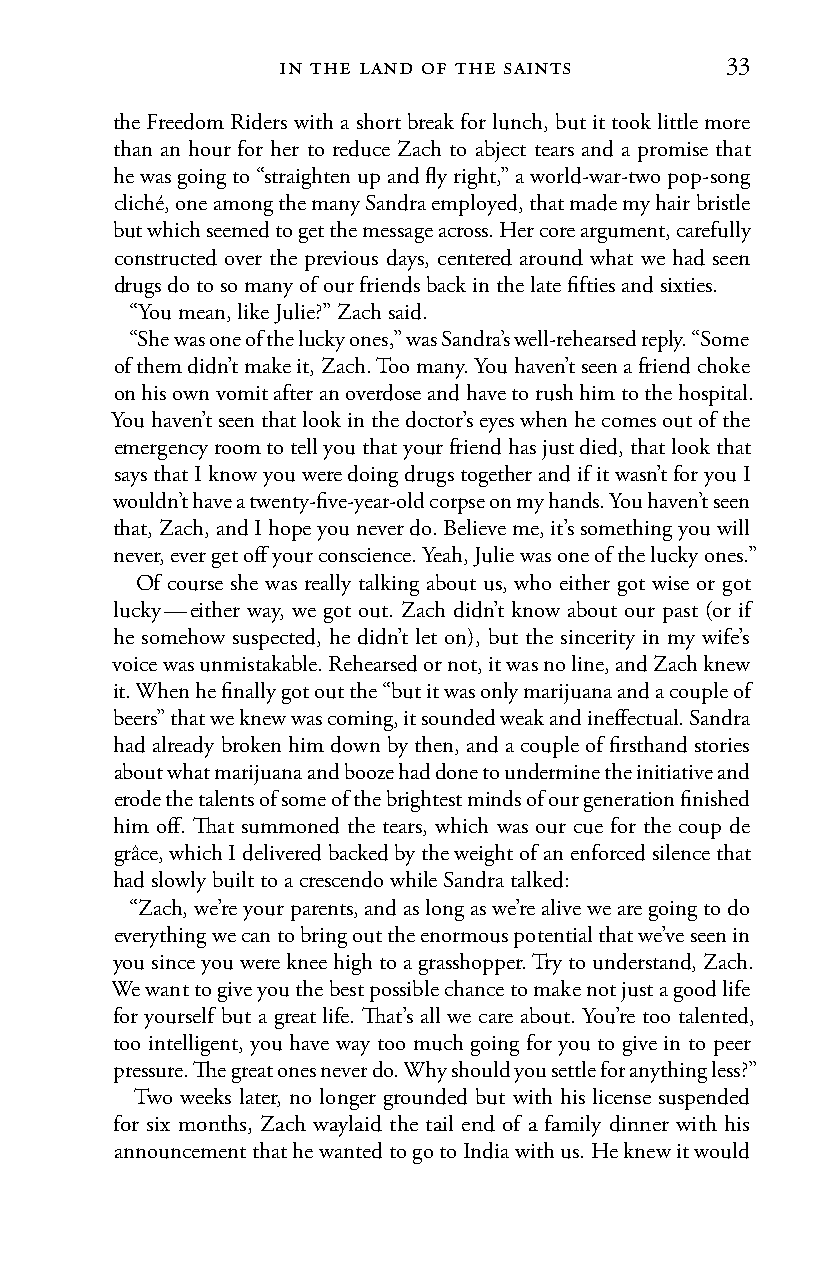
in the land of the saints     33
 the Freedom Riders with a short break for lunch, but it took little more
 than an hour for her to reduce Zach to abject tears and a promise that
 he was going to “straighten up and fly right,” a world-war-two pop-song
 cliché, one among the many Sandra employed, that made my hair bristle
 but which seemed to get the message across. Her core argument, carefully
 constructed over the previous days, centered around what we had seen
 drugs do to so many of our friends back in the late fifties and sixties.
 “You mean, like Julie?” Zach said.
 “She was one of the lucky ones,” was Sandra’s well-rehearsed reply. “Some
 of them didn’t make it, Zach. Too many. You haven’t seen a friend choke
 on his own vomit after an overdose and have to rush him to the hospital.
 You haven’t seen that look in the doctor’s eyes when he comes out of the
 emergency room to tell you that your friend has just died, that look that
 says that I know you were doing drugs together and if it wasn’t for you I
 wouldn’t have a twenty-five-year-old corpse on my hands. You haven’t seen
 that, Zach, and I hope you never do. Believe me, it’s something you will
 never, ever get off your conscience. Yeah, Julie was one of the lucky ones.”
 Of course she was really talking about us, who either got wise or got
 lucky — either way, we got out. Zach didn’t know about our past (or if
 he somehow suspected, he didn’t let on), but the sincerity in my wife’s
 voice was unmistakable. Rehearsed or not, it was no line, and Zach knew
 it. When he finally got out the “but it was only marijuana and a couple of
 beers” that we knew was coming, it sounded weak and ineffectual. Sandra
 had already broken him down by then, and a couple of firsthand stories
 about what marijuana and booze had done to undermine the initiative and
 erode the talents of some of the brightest minds of our generation finished
 him off. That summoned the tears, which was our cue for the coup de
 grâce, which I delivered backed by the weight of an enforced silence that
 had slowly built to a crescendo while Sandra talked:
 “Zach, we’re your parents, and as long as we’re alive we are going to do
 everything we can to bring out the enormous potential that we’ve seen in
 you since you were knee high to a grasshopper. Try to understand, Zach.
 We want to give you the best possible chance to make not just a good life
 for yourself but a great life. That’s all we care about. You’re too talented,
 too intelligent, you have way too much going for you to give in to peer
 pressure. The great ones never do. Why should you settle for anything less?”
 Two weeks later, no longer grounded but with his license suspended
 for six months, Zach waylaid the tail end of a family dinner with his
 announcement that he wanted to go to India with us. He knew it would